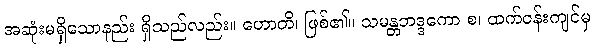
အဆုံးမရှိသောနည်း ရှိသည်လည်း။ ဟောတိ၊ ဖြစ်၏။ သမန္တဘဒ္ဒကော စ၊ ထက်ဝန်းကျင်မှ